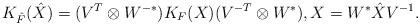
LaTeX: \begin{align*}K_{\hat{F}}(\hat{X}) = (V^T\otimes W^{-*} ) K_F(X) (V^{-T}\otimes W^*), X = W^{*}\hat{X}V^{-1}.\end{align*}